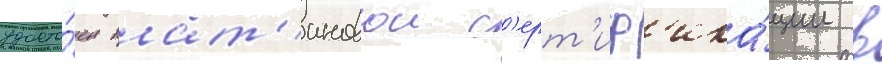
удосто́ен плат'иновои с'ерт'иф'ика́ции в